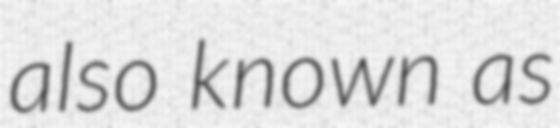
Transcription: also known as